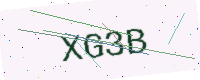
Text: XG3B